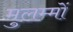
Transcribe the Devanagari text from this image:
मुलम्मों